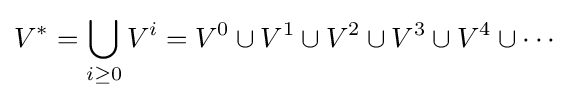
V^{*}=\bigcup _{i\geq 0}V^{i}=V^{0}\cup V^{1}\cup V^{2}\cup V^{3}\cup V^{4}\cup \cdots